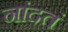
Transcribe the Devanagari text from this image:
नांदतं